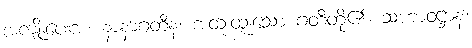
အကျိုးပေးအံ့။ နာနာဂတီနံ၊ အထူးထူးသော ဂတိတို့၏။ သဟာဝဋ္ဌာနံ၊